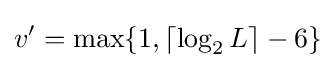
v'=\max\{1,\lceil \log _{2}L\rceil -6\}